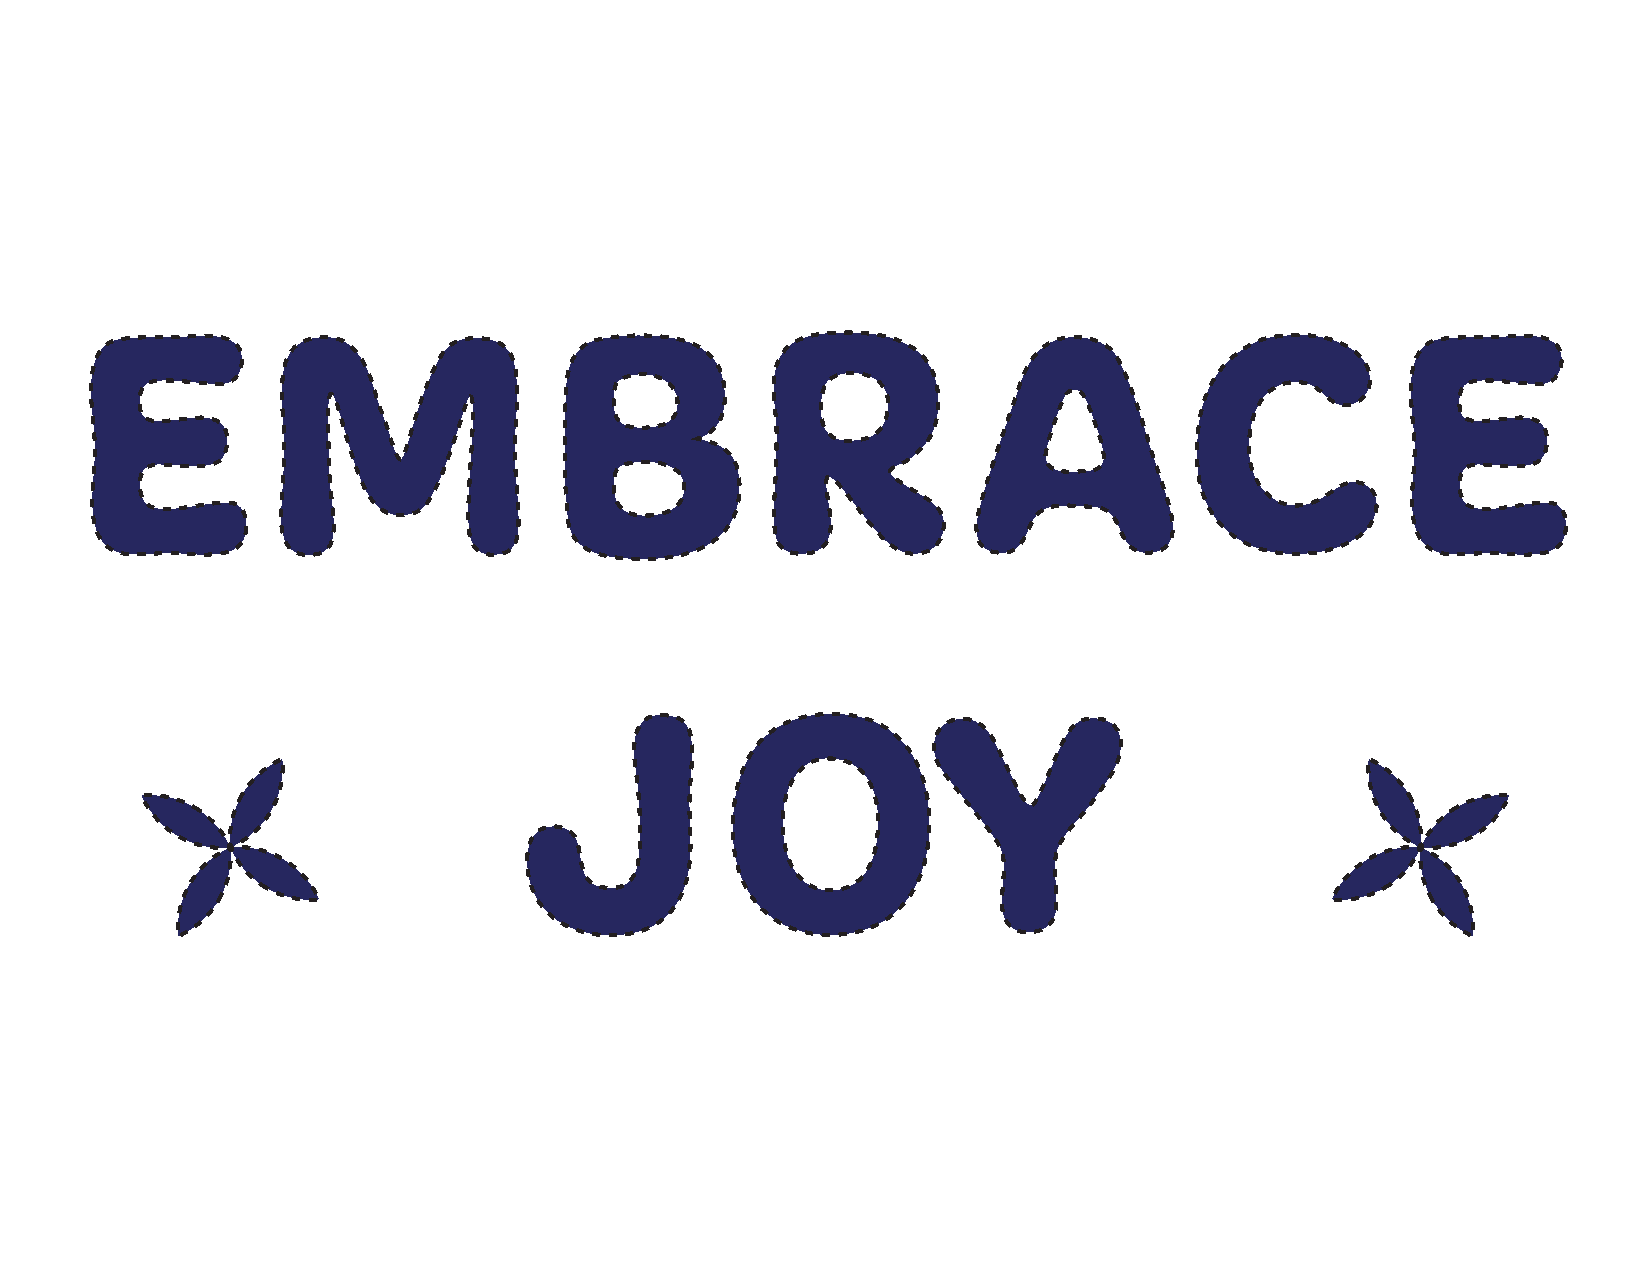
E           M                  B             R             A             C             E
 J             OY